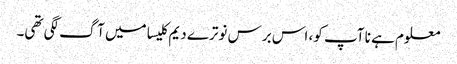
معلوم ہے نا آپ کو، اس برس نوترے دیم کلیسا میں آگ لگی تھی۔